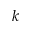
k